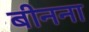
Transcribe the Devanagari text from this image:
बीनना